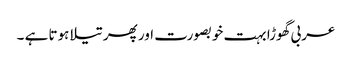
عربی گھوڑا بہت خوبصورت اور پھر تیلا ہوتا ہے ۔